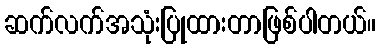
ဆက်လက်အသုံးပြုထားတာဖြစ်ပါတယ်။